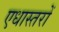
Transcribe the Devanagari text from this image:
एधास्तरों